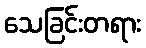
သေခြင်းတရား